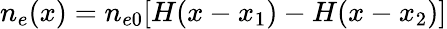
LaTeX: n_{e}(x)=n_{e0}[H(x-x_{1})-H(x-x_{2})]